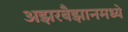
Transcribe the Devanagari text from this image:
अझरबैझानमध्ये